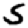
Digit: 5